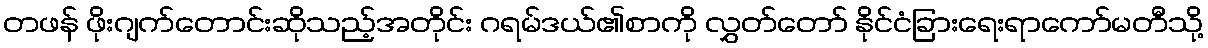
တဖန် ဖိုးဂျက်တောင်းဆိုသည့်အတိုင်း ဂရမ်ဒယ်၏စာကို လွှတ်တော် နိုင်ငံခြားရေးရာကော်မတီသို့